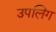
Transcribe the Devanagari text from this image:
उपलिंग